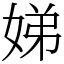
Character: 娣